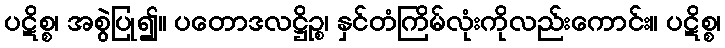
ပဋိစ္စ၊ အစွဲပြု၍။ ပတောဒလဋ္ဌိဉ္စ၊ နှင်တံကြိမ်လုံးကိုလည်းကောင်း။ ပဋိစ္စ၊